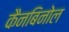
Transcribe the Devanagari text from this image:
कैनबिनोल